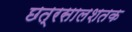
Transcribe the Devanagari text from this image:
छत्रसालशतक